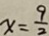
x = \frac { 9 } { 2 }